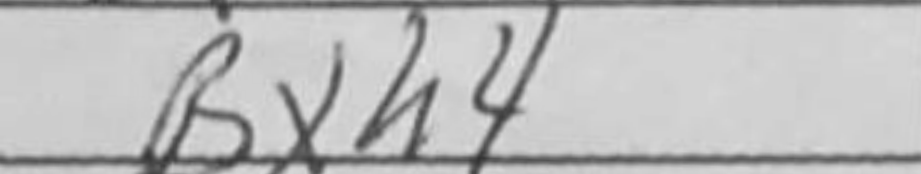
Transcription: Bxh4